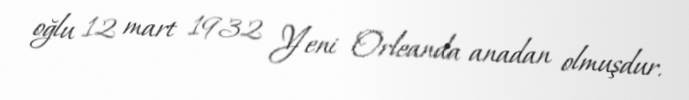
oğlu 12 mart 1932 Yeni Orleanda anadan olmuşdur.